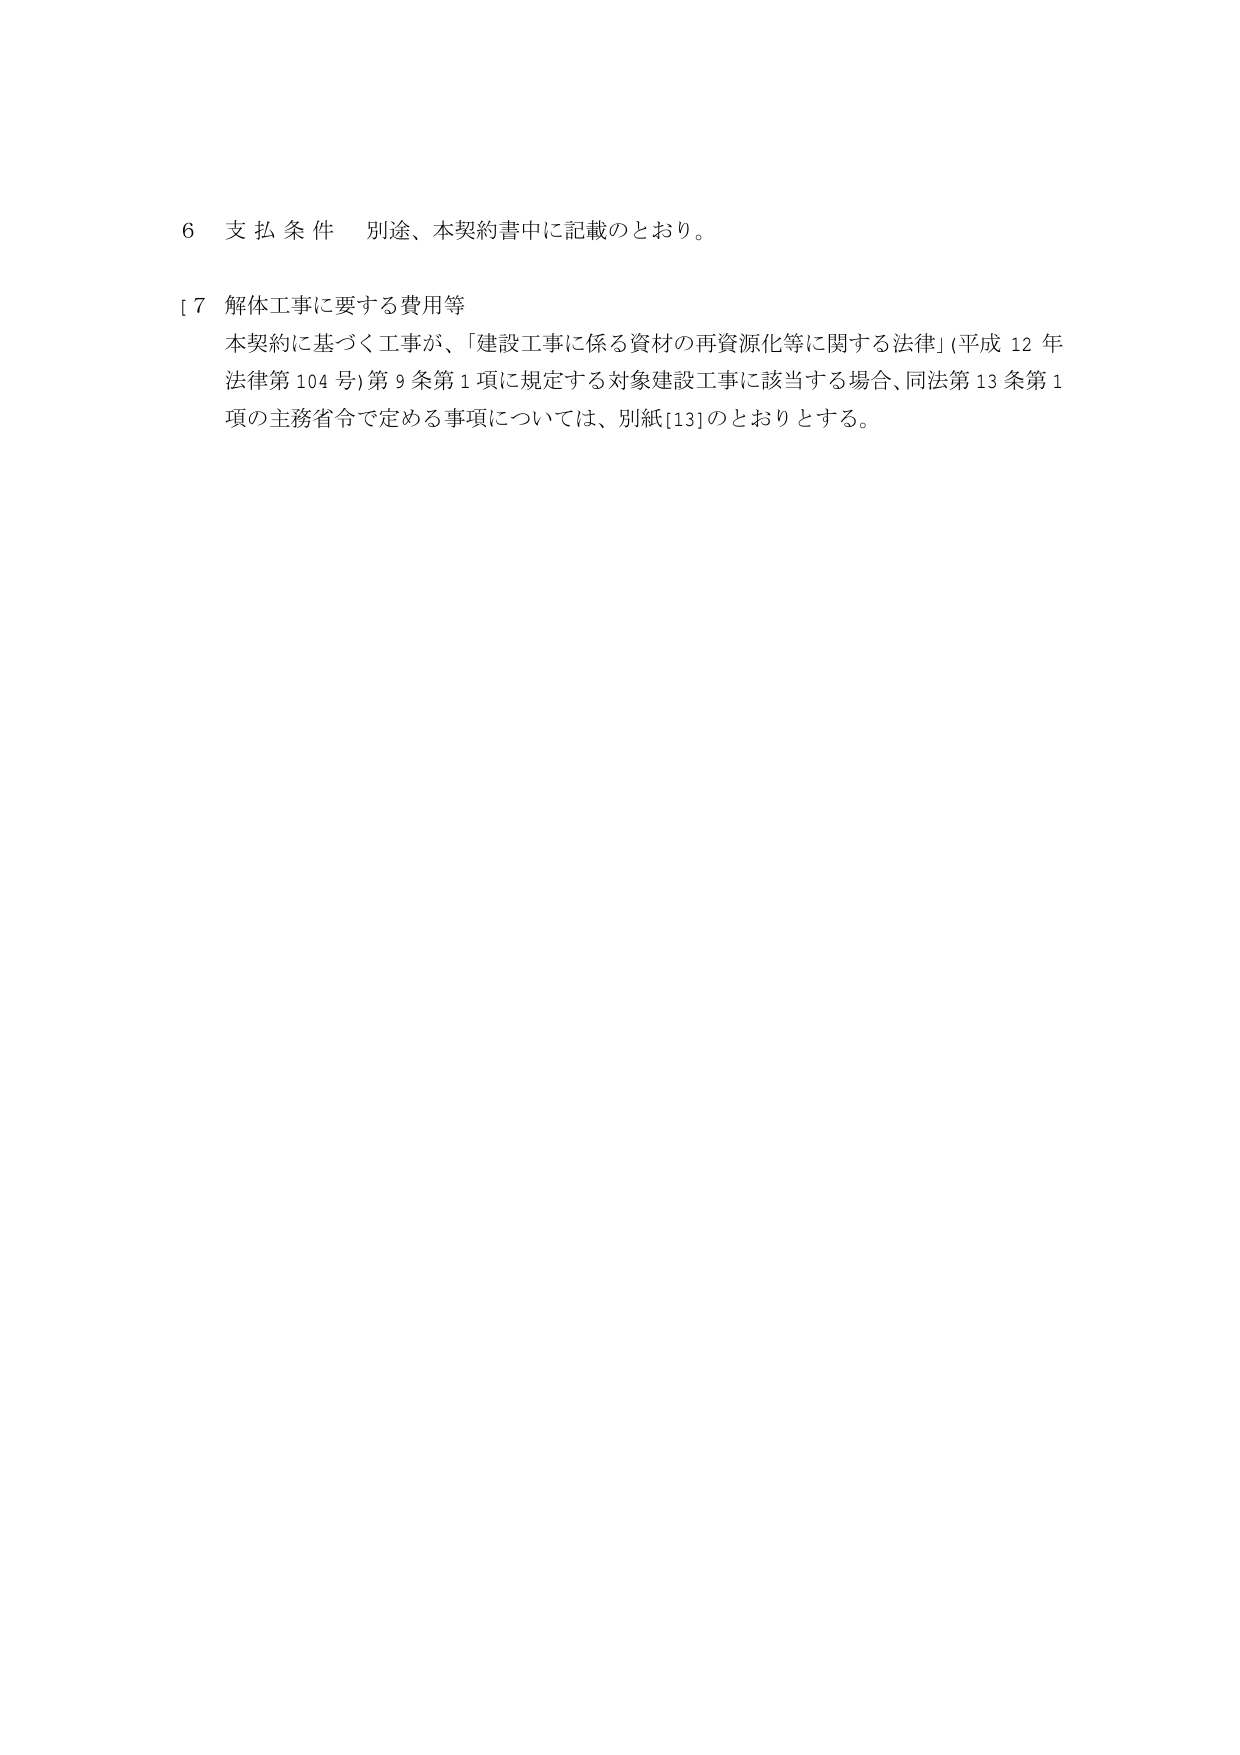
6 支払条件 別途、本契約書中に記載のとおり。

[7 解体工事に要する費用等
本契約に基づく工事が、「建設工事に係る資材の再資源化等に関する法律」(平成12年法律第104号)第9条第1項に規定する対象建設工事に該当する場合、同法第13条第1項の主務省令で定める事項については、別紙[13]のとおりとする。